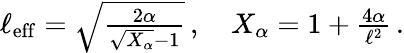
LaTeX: \begin{array}{r}{\ell_{\mathrm{eff}}=\sqrt{\frac{2\alpha}{\sqrt{X_{\alpha}}-1}}\, ,\quad X_{\alpha}=1+\frac{4\alpha}{\ell^{2}}\, .}\end{array}